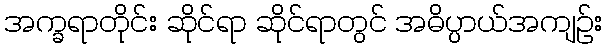
အက္ခရာတိုင်း ဆိုင်ရာ ဆိုင်ရာတွင် အဓိပ္ပာယ်အကျဉ်း